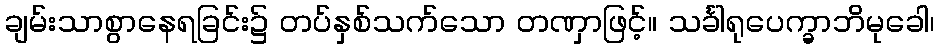
ချမ်းသာစွာနေရခြင်း၌ တပ်နှစ်သက်သော တဏှာဖြင့်။ သင်္ခါရုပေက္ခာဘိမုခေါ၊